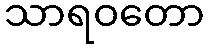
သာရဝတော